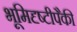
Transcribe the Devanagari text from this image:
भूमिदृष्टीपैकी